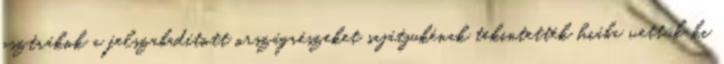
osztrákok a felszabadított országrészeket sajátjukénak tekintették hiába vettük ki